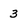
Character: 3